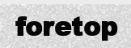
foretop